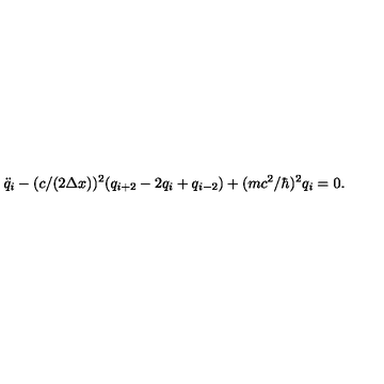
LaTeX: \ddot { q } _ { i } - ( c / ( 2 \Delta x ) ) ^ { 2 } ( q _ { i + 2 } - 2 q _ { i } + q _ { i - 2 } ) + ( m c ^ { 2 } / \hbar ) ^ { 2 } q _ { i } = 0 .